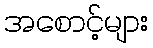
အစောင့်များ